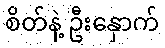
စိတ်နဲ့ ဦးနှောက်